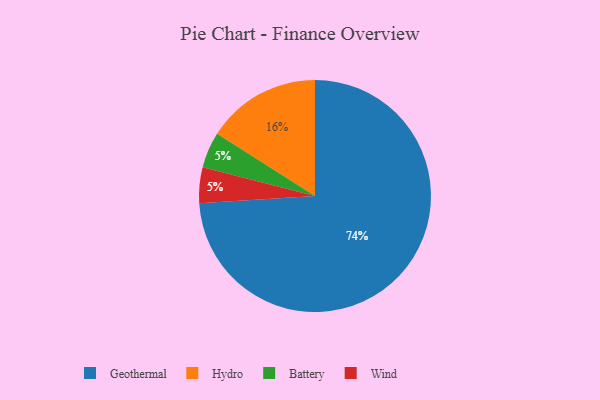
{"axis": {"x": "Category", "y": "Percentage"}, "legend": ["Battery", "Geothermal", "Hydro", "Wind"], "data": [{"x": "Battery", "y": 5, "type": "Battery"}, {"x": "Geothermal", "y": 74, "type": "Geothermal"}, {"x": "Hydro", "y": 16, "type": "Hydro"}, {"x": "Wind", "y": 5, "type": "Wind"}]}